Lunatic asylums Burma 1907-21 - 1907-1921
Year: 1907
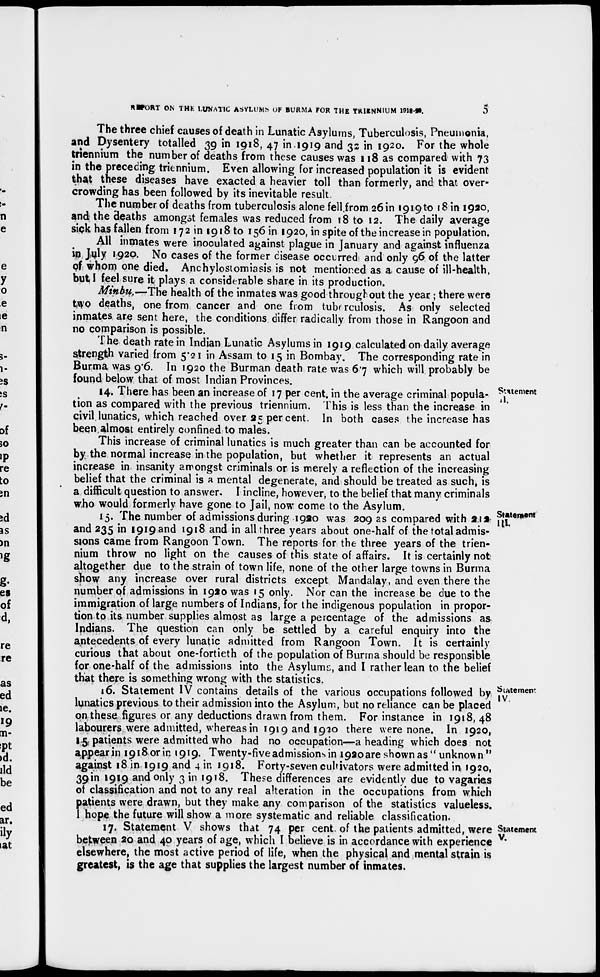
REPORT ON THE LUNATIC ASYLUMS OF BURMA FOR THE TRIENNIUM 1918-20.
5
The three chief causes of death in Lunatic Asylums, Tuberculosis, Pneumonia,
and Dysentery totalled 39 in 1918, 47 in 1919 and 32 in 1920. For the whole
triennium the number of deaths from these causes was 118 as compared with 73
in the preceding triennium. Even allowing for increased population it is evident
that these diseases have exacted a heavier toll than formerly, and that over-
crowding has been followed by its inevitable result
The number of deaths from tuberculosis alone fell from 26 in 1919 to 18 in 1920,
and the deaths amongst females was reduced from 18 to 12. The daily average
sick has fallen from 172 in 1918 to 156 in 1920, in spite of the increase in population.
All inmates were inoculated against plague in January and against influenza
in July 1920. No cases of the former disease occurred and only 96 of the latter
of whom one died. Anchylostomiasis is not mentioned as a cause of ill-health,
but I feel sure it plays a considerable share in its production.
Minbu.—The health of the inmates was good throughout the year ; there were
two deaths, one from cancer and one from tuberculosis. As only selected
inmates are sent here, the conditions differ radically from those in Rangoon and
no comparison is possible.
The death rate in Indian Lunatic Asylums in 1919 calculated on daily average
strength varied from 5.21 in Assam to 15 in Bombay. The corresponding rate in
Burma was 9.6. In 1920 the Burman death rate was 6.7 which will probably be
found below that of most Indian Provinces.
Statement
II.
14. There has been an increase of 17 per cent. in the average criminal popula-
tion as compared with the previous triennium. This is less than the increase in
civil lunatics, which reached over 25 percent. In both cases the increase has
been almost entirely confined to males.
This increase of criminal lunatics is much greater than can be accounted for
by the normal increase in the population, but whether it represents an actual
increase in insanity amongst criminals or is merely a reflection of the increasing
belief that the criminal is a mental degenerate, and should be treated as such, is
a difficult question to answer. I incline, however, to the belief that many criminals
who would formerly have gone to Jail, now come to the Asylum.
Statement
III.
15. The number of admissions during 1920 was 209 as compared with 212
and 235 in 1919 and 1918 and in all three years about one-half of the total admis-
sions came from Rangoon Town. The reports for the three years of the trien-
nium throw no light on the causes of this state of affairs. It is certainly not
altogether due to the strain of town life, none of the other large towns in Burma
show any increase over rural districts except Mandalay, and even there the
number of admissions in 1920 was 15 only. Nor can the increase be due to the
immigration of large numbers of Indians, for the indigenous population in propor-
tion to its number supplies almost as large a percentage of the admissions as
Indians. The question can only be settled by a careful enquiry into the
antecedents of every lunatic admitted from Rangoon Town. It is certainly
curious that about one-fortieth of the population of Burma should be responsible
for one-half of the admissions into the Asylums, and I rather lean to the belief
that there is something wrong with the statistics.
Statement
IV
16. Statement IV contains details of the various occupations followed by
lunatics previous to their admission into the Asylum, but no reliance can be placed
on these figures or any deductions drawn from them. For instance in 1918, 48
labourers were admitted, whereas in 1919 and 1920 there were none. In 1920,
15 patients were admitted who had no occupation—a heading which does not
appear in 1918 or in 1919. Twenty-five admissions in 1920 are shown as" unknown"
against 18 in 1919 and 4 in 1918. Forty-seven cultivators were admitted in 1920,
39 in 1919 and only 3 in 1918. These differences are evidently due to vagaries
of classification and not to any real alteration in the occupations from which
patients were drawn, but they make any comparison of the statistics valueless.
I hope the future will show a more systematic and reliable classification.
Statement
V.
17. Statement V shows that 74 per cent. of the patients admitted, were
between 20 and 40 years of age, which I believe is in accordance with experience
elsewhere, the most active period of life, when the physical and mental strain is
greatest, is the age that supplies the largest number of inmates.